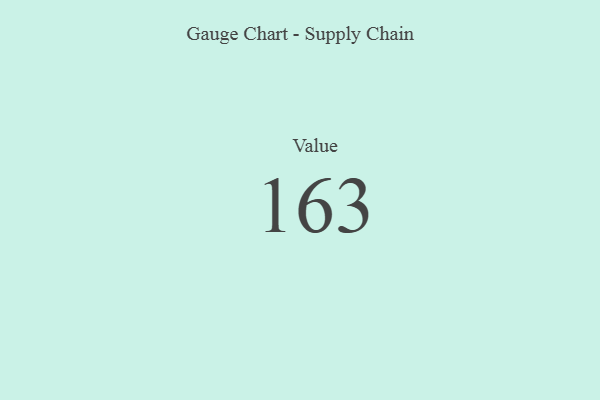
{"axis": {"x": "Metric", "y": "Value"}, "legend": [""], "data": [{"x": "Value", "y": 163, "type": ""}]}